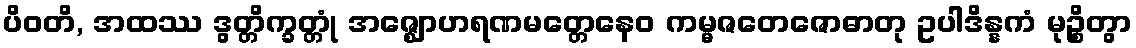
ပိဝတိ, အထဿ ဒွတ္တိက္ခတ္တုံ အဇ္ဈောဟရဏမတ္တေနေဝ ကမ္မဇတေဇောဓာတု ဥပါဒိန္နကံ မုဉ္စိတွာ